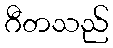
ဂီတသည်